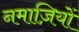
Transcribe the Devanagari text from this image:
नमाज़ियों